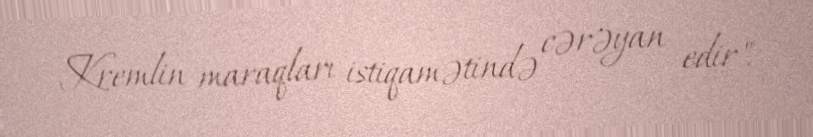
Kremlin maraqları istiqamətində cərəyan edir".